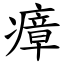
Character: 瘴